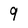
Character: 9